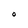
Character: O